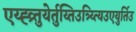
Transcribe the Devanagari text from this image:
एय्ह्व्र्तुयेर्तुय्तिउत्र्य्त्यिउएयुर्तिउ